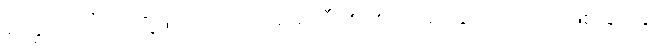
ကြွေးကြော်သံတို့ဖြင့် ဝင်လို့ အစိုးရထီများ စိတ်အနှောင့်အယှက်ဖြစ်ခြင်းနှင့်